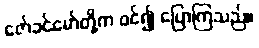
ဇော်ခင်မော်တို့က ဝင်၍ ပြောကြသည်။